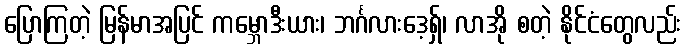
ပြောကြတဲ့ မြန်မာအပြင် ကမ္ဘောဒီးယား၊ ဘင်္ဂလားဒေ့ရှ်၊ လာအို စတဲ့ နိုင်ငံတွေလည်း